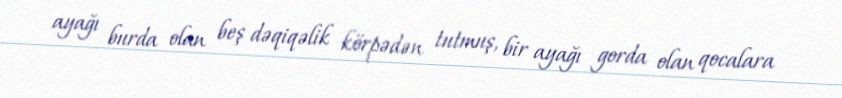
ayağı burda olan beş dəqiqəlik körpədən tutmuş, bir ayağı gorda olan qocalara